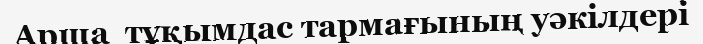
Арша  тұқымдас тармағының уәкілдері